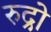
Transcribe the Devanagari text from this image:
रुद्रो